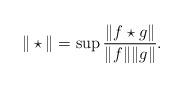
LaTeX: \begin{align*}\|\star\|=\sup \frac{\|f\star g\|}{\|f\| \|g\|}.\end{align*}